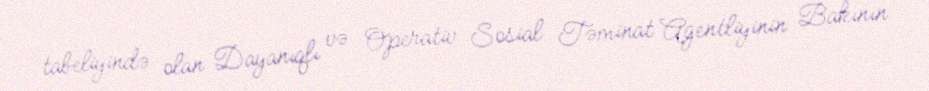
tabeliyində olan Dayanıqlı və Operativ Sosial Təminat Agentliyinin Bakının